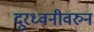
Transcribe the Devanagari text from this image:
दूरध्वनीवरुन